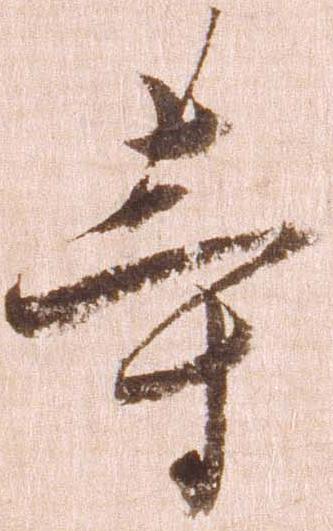
等